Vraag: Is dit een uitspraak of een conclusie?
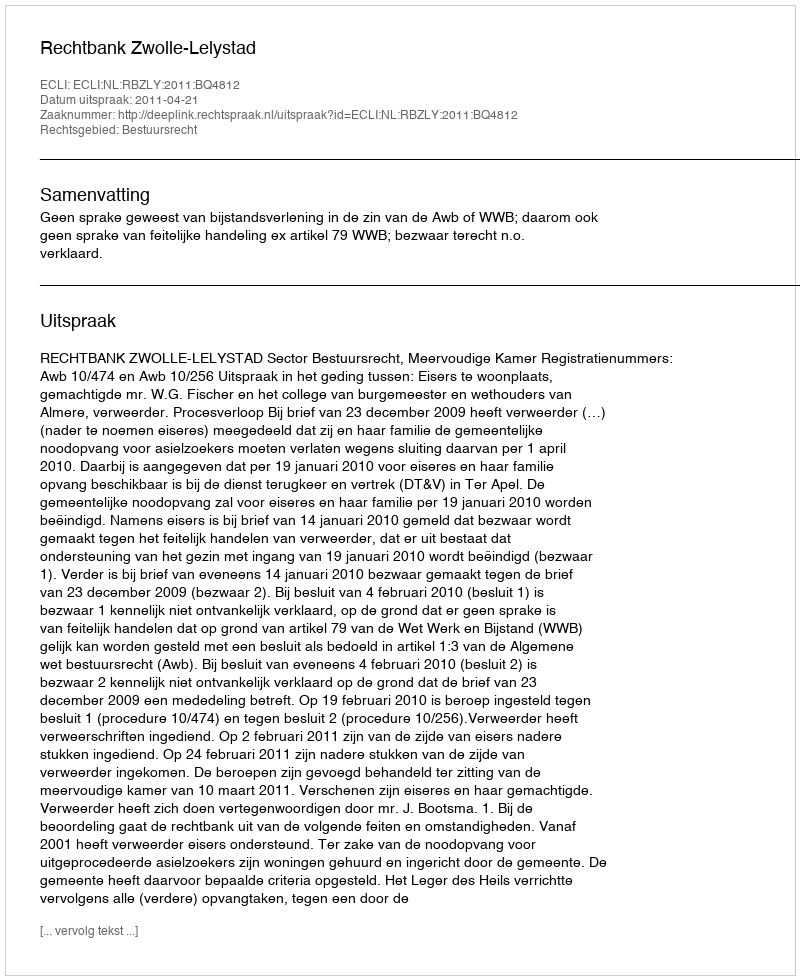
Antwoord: Uitspraak